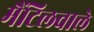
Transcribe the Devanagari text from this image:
मैंटिलवाले